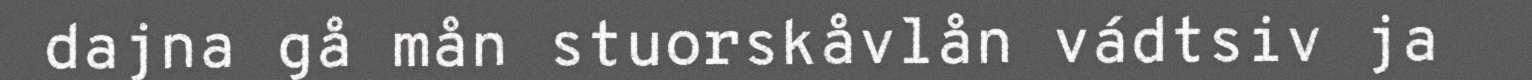
dajna gå mån stuorskåvlån vádtsiv ja